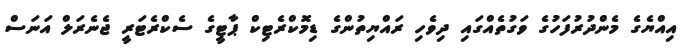
އިއްޔެގެ މެންދުރުފަހުގެ ވަގުތެއްގައި ދިވެހި ރައްޔިތުންގެ ޑިމޮކްރެޓިކް ޕާޓީގެ ސެކްރެޓަރީ ޖެނެރަލް އަނަސް